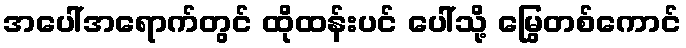
အပေါ်အရောက်တွင် ထိုထန်းပင် ပေါ်သို့ မြွေတစ်ကောင်